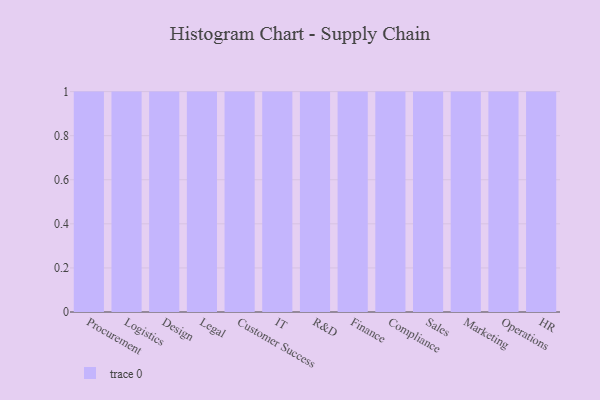
{"axis": {"x": "Department", "y": "Inventory Turnover"}, "legend": [""], "data": [{"x": "Procurement", "y": 41, "type": ""}, {"x": "Logistics", "y": 51, "type": ""}, {"x": "Design", "y": 33, "type": ""}, {"x": "Legal", "y": 64, "type": ""}, {"x": "Customer Success", "y": 19, "type": ""}, {"x": "IT", "y": 22, "type": ""}, {"x": "R&D", "y": 66, "type": ""}, {"x": "Finance", "y": 52, "type": ""}, {"x": "Compliance", "y": 5, "type": ""}, {"x": "Sales", "y": 95, "type": ""}, {"x": "Marketing", "y": 90, "type": ""}, {"x": "Operations", "y": 61, "type": ""}, {"x": "HR", "y": 65, "type": ""}]}